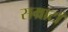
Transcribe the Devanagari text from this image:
सम्राटाँ